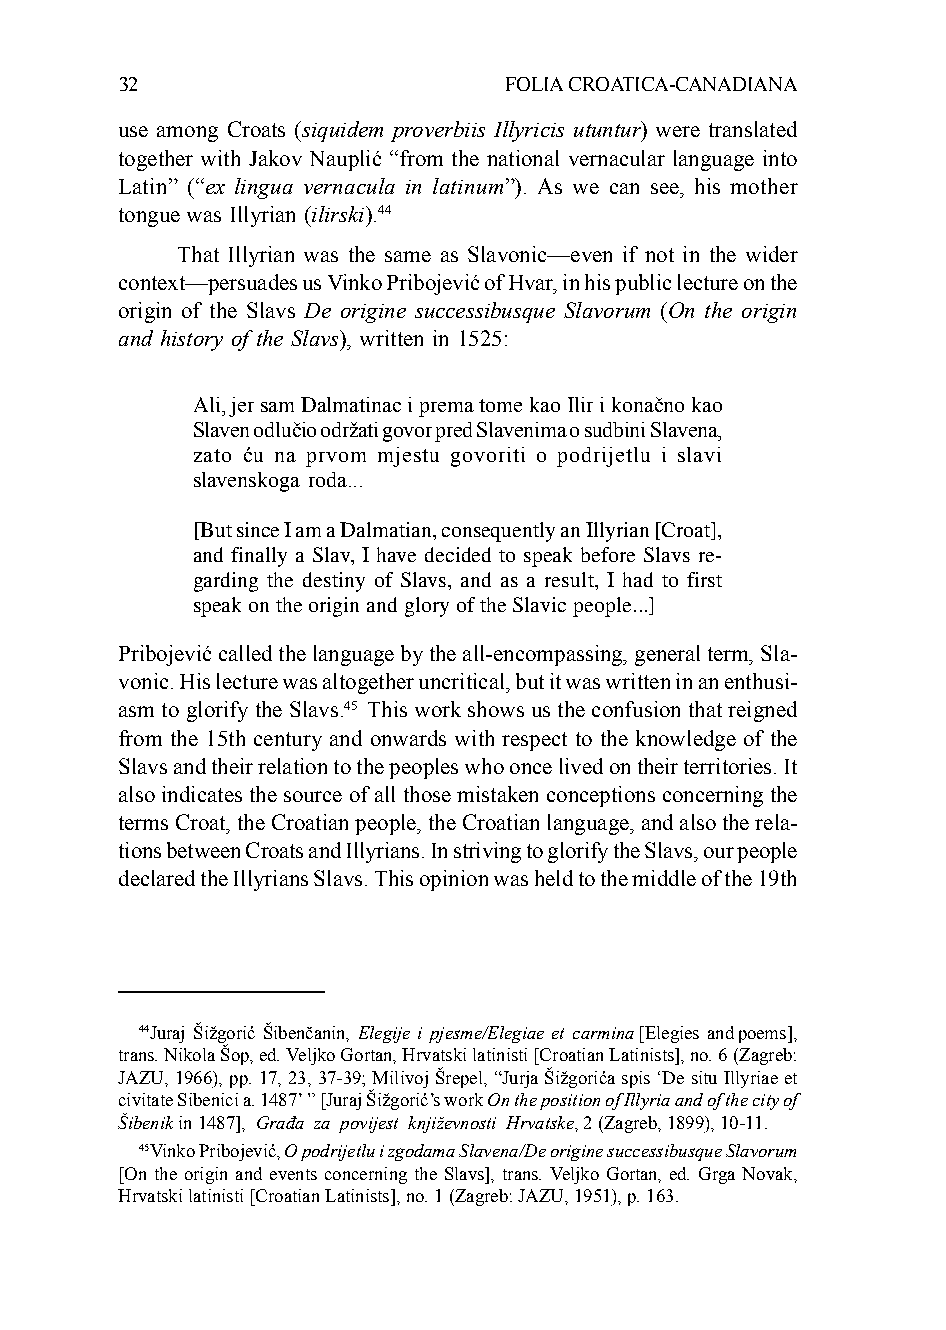
32                       FOLIA CROATICA-CANADIANA
 use among Croats (siquidem proverbiis Illyricis utuntur) were translated
 together with Jakov Nauplić “from the national vernacular language into
 Latin” (“ex lingua vernacula in latinum”). As we can see, his mother
 tongue was Illyrian (ilirski).44
 That Illyrian was the same as Slavonic—even if not in the wider
 context—persuades us Vinko Pribojević of Hvar, in his public lecture on the
 origin of the Slavs De origine successibusque Slavorum (On the origin
 and history of the Slavs), written in 1525:
 Ali, jer sam Dalmatinac i prema tome kao Ilir i konačno kao
 Slaven odlučio održati govor pred Slavenima o sudbini Slavena,
 zato ću na prvom mjestu govoriti o podrijetlu i slavi
 slavenskoga roda...
 [But since I am a Dalmatian, consequently an Illyrian [Croat],
 and finally a Slav, I have decided to speak before Slavs re-
 garding the destiny of Slavs, and as a result, I had to first
 speak on the origin and glory of the Slavic people...]
 Pribojević called the language by the all-encompassing, general term, Sla-
 vonic. His lecture was altogether uncritical, but it was written in an enthusi-
 asm to glorify the Slavs.45 This work shows us the confusion that reigned
 from the 15th century and onwards with respect to the knowledge of the
 Slavs and their relation to the peoples who once lived on their territories. It
 also indicates the source of all those mistaken conceptions concerning the
 terms Croat, the Croatian people, the Croatian language, and also the rela-
 tions between Croats and Illyrians. In striving to glorify the Slavs, our people
 declared the Illyrians Slavs. This opinion was held to the middle of the 19th
 44Juraj Šižgorić Šibenčanin, Elegije i pjesme/Elegiae et carmina [Elegies and poems],
 trans. Nikola Šop, ed. Veljko Gortan, Hrvatski latinisti [Croatian Latinists], no. 6 (Zagreb:
 JAZU, 1966), pp. 17, 23, 37-39; Milivoj Šrepel, “Jurja Šižgorića spis ‘De situ Illyriae et
 civitate Sibenici a. 1487’ ” [Juraj Šižgorić’s work On the position of Illyria and of the city of
 Šibenik in 1487], Građa za povijest književnosti Hrvatske, 2 (Zagreb, 1899), 10-11.
 45Vinko Pribojević, O podrijetlu i zgodama Slavena/De origine successibusque Slavorum
 [On the origin and events concerning the Slavs], trans. Veljko Gortan, ed. Grga Novak,
 Hrvatski latinisti [Croatian Latinists], no. 1 (Zagreb: JAZU, 1951), p. 163.